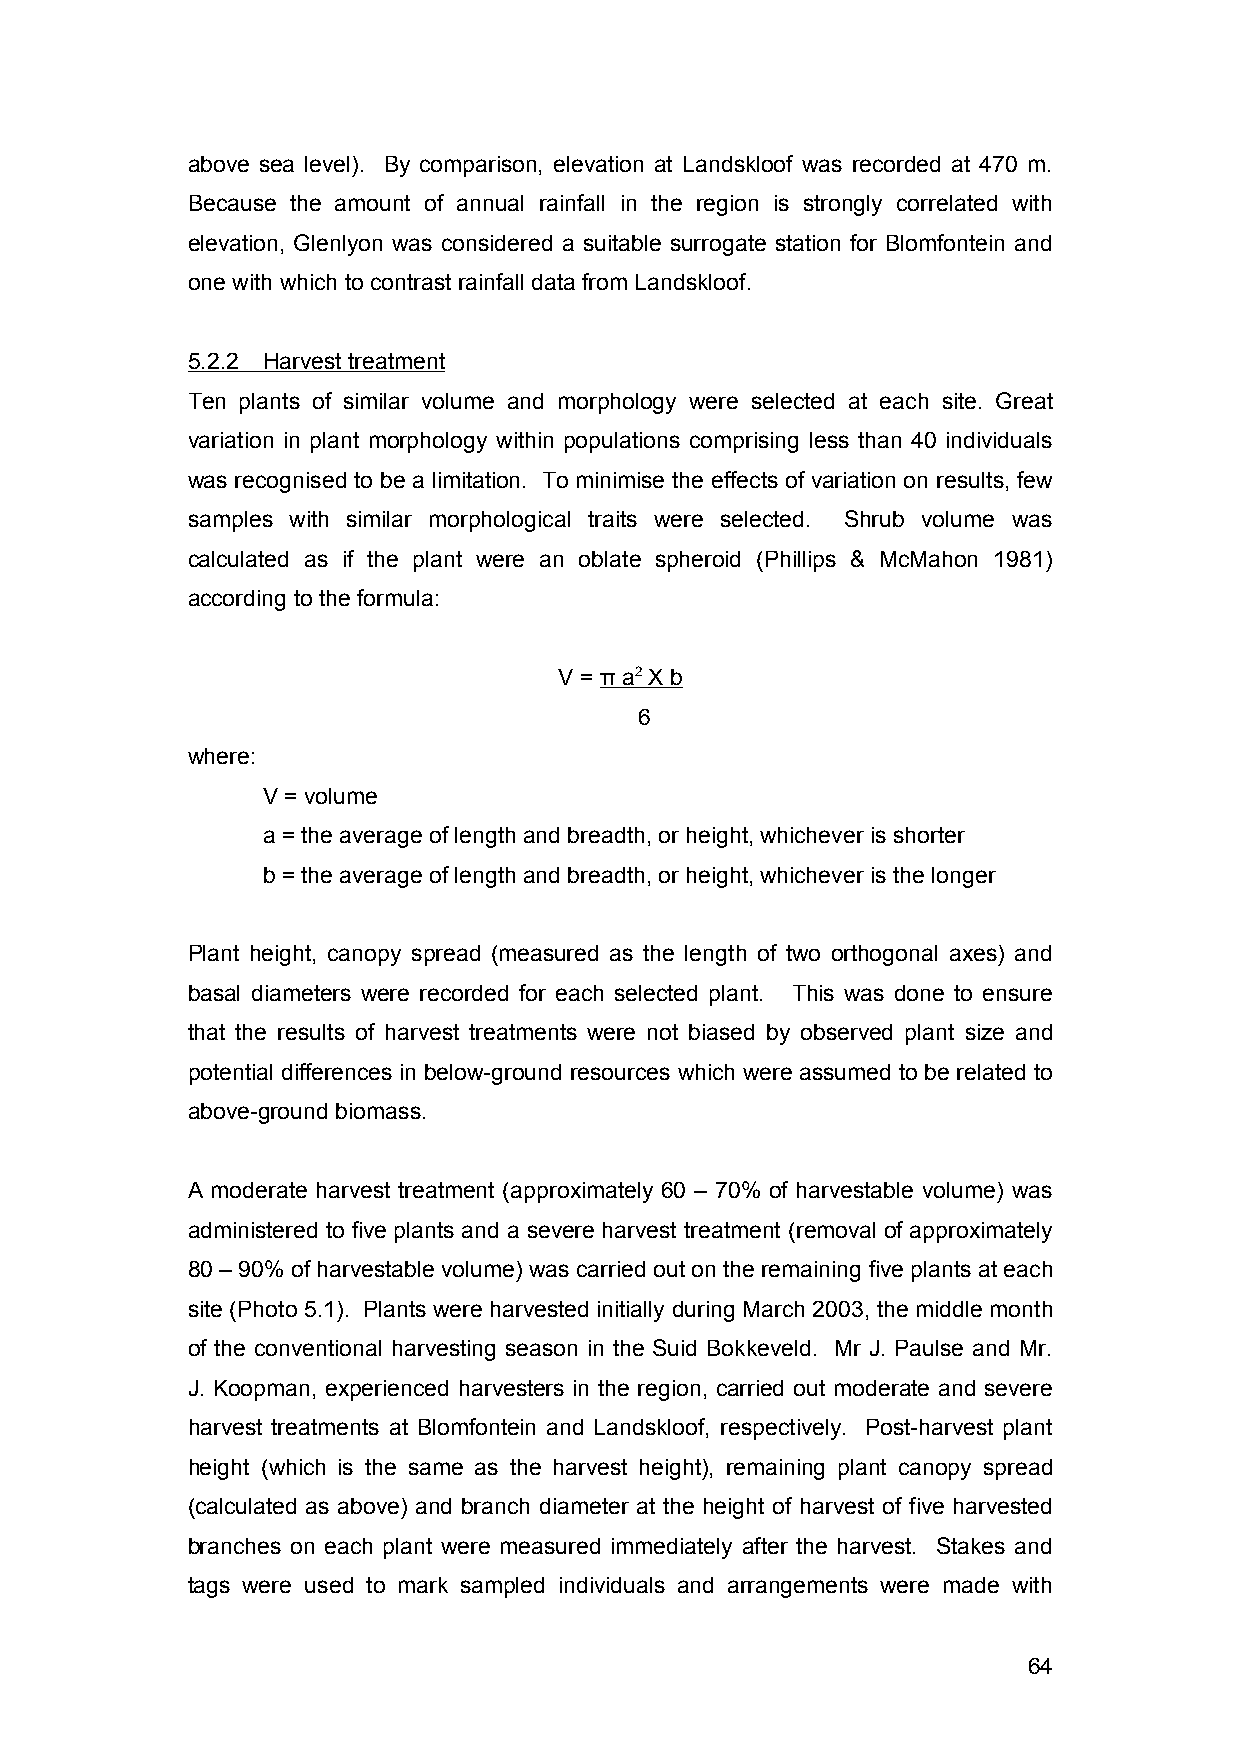
above sea level). By comparison, elevation at Landskloof was recorded at 470 m.
 Because the amount of annual rainfall in the region is strongly correlated with
 elevation, Glenlyon was considered a suitable surrogate station for Blomfontein and
 one with which to contrast rainfall data from Landskloof.
 5.2.2 Harvest treatmen t
 Ten plants of similar volume and morphology were selected at each site. Great
 variation in plant morphology within populations comprising less than 40 individuals
 was recognised to be a limitation. To minimise the effects of variation on results, few
 samples with similar morphological traits were selected. Shrub volume was
 calculated as if the plant were an oblate spheroid (Phillips & McMahon 1981)
 according to the formula:
 V = π a 2 X b
 6
 where:
 V = volume
 a = the average of length and breadth, or height, whichever is shorter
 b = the average of length and breadth, or height, whichever is the longer
 Plant height, canopy spread (measured as the length of two orthogonal axes) and
 basal diameters were recorded for each selected plant. This was done to ensure
 that the results of harvest treatments were not biased by observed plant size and
 potential differences in below-ground resources which were assumed to be related to
 above-ground biomass.
 A moderate harvest treatment (approximately 60 – 70% of harvestable volume) was
 administered to five plants and a severe harvest treatment (removal of approximately
 80 – 90% of harvestable volume) was carried out on the remaining five plants at each
 site (Photo 5.1). Plants were harvested initially during March 2003, the middle month
 of the conventional harvesting season in the Suid Bokkeveld. Mr J. Paulse and Mr.
 J. Koopman, experienced harvesters in the region, carried out moderate and severe
 harvest treatments at Blomfontein and Landskloof, respectively. Post-harvest plant
 height (which is the same as the harvest height), remaining plant canopy spread
 (calculated as above) and branch diameter at the height of harvest of five harvested
 branches on each plant were measured immediately after the harvest. Stakes and
 tags were used to mark sampled individuals and arrangements were made with
 64